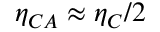
\eta _ { C A } \approx \eta _ { C } / 2